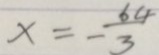
x = - \frac { 6 4 } { 3 }